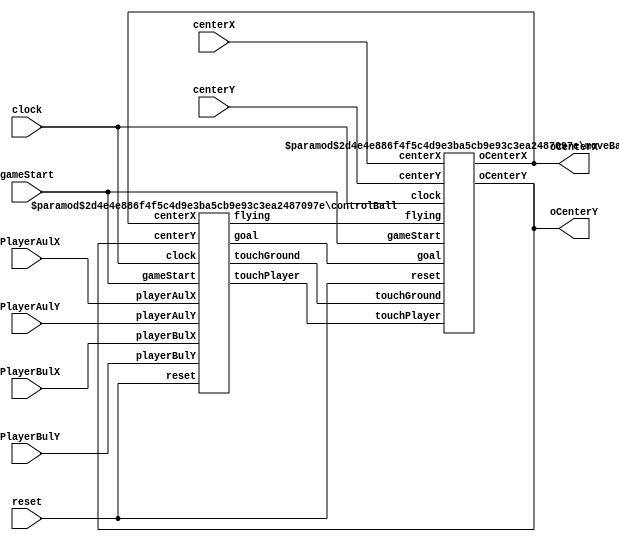
module ball
#(parameter playerWidth = 4'd10, playerHeight = 6'd50, leftGoal = 5'd16, rightGoal = 8'd144, radius = 4'd10, ground = 8'd145, goalHeight = 7'd65)
(input clock, input reset, input gameStart, input [7:0] oPlayerAulX,oPlayerBulX, input [6:0] oPlayerAulY, oPlayerBulY, input [7:0] centerX,
input [6:0] centerY, output [7:0] oCenterX, output [6:0] oCenterY);
	wire flying, touchGround;
	wire [1:0] touchPlayer, goal;	
	controlBall #(.playerWidth(playerWidth), .playerHeight(playerHeight), .leftGoal(leftGoal), .rightGoal(rightGoal), .radius(radius), .ground(ground), .goalHeight(goalHeight))
	cb0(clock, reset, gameStart, oPlayerAulX, oPlayerAulY, oPlayerBulX, oPlayerBulY, oCenterX, oCenterY, flying, touchGround, touchPlayer, goal);
	moveBall #(.playerWidth(playerWidth), .playerHeight(playerHeight), .leftGoal(leftGoal), .rightGoal(rightGoal), .radius(radius), .ground(ground), .goalHeight(goalHeight))
	mb0(clock, reset, gameStart, centerX, centerY, touchPlayer, touchGround, flying, goal, oCenterX, oCenterY);
endmodule

module controlBall 
#(parameter playerWidth = 4'd10, playerHeight = 6'd50, leftGoal = 5'd16, rightGoal = 8'd144, radius = 4'd10, ground = 8'd145, goalHeight = 7'd65)
(input clock, input reset, input gameStart, input [7:0] playerAulX, 
input [6:0] playerAulY, input [7:0] playerBulX, input [6:0] playerBulY, input [7:0] centerX,
input [6:0] centerY, output reg flying, output reg touchGround, output reg [1:0] touchPlayer, output reg [1:0] goal);
	reg [2:0] current_state, next_state;
	localparam STOP = 3'd0,
				  TOUCHGROUND = 3'd1,
				  TOUCHPLAYER = 3'd2,
				  TOUCHRIGHTGOAL = 3'd3,
				  TOUCHLEFTGOAL= 3'd4,
				  FLYING = 3'd6;
	wire test;
	assign test = centerY<=(playerAulY+playerHeight);
	assign touchPlayerRight = ((centerX-playerAulX-playerWidth)*(centerX-playerAulX-playerWidth) + (centerY-playerAulY)*(centerY-playerAulY) <= radius * radius 
							  & centerY<=playerAulY & centerY>=playerAulY-radius & centerX - playerAulX - playerWidth <= radius & centerX >= playerAulX + playerWidth) |
							  ((centerX - playerAulX - playerWidth)<=radius & centerY<=playerAulY+playerHeight & centerY>=playerAulY) |
							  (playerAulY - centerY <= radius & centerX>=playerAulX & centerX<=playerAulX+playerWidth)  |
							  
							  (((centerX-playerBulX-playerWidth)*(centerX-playerBulX-playerWidth) + (centerY-playerBulY)*(centerY-playerBulY) <= radius * radius 
							  & centerY<=playerBulY & centerY>=playerBulY-radius & centerX - playerBulX - playerWidth <= radius & centerX >= playerBulX + playerWidth) |
							  ((centerX - playerBulX - playerWidth)<=radius & centerY<=playerBulY+playerHeight & centerY>=playerBulY));
							  
	assign touchPlayerLeft = (((-centerX+playerAulX)<=radius & centerY<=playerAulY+playerHeight & centerY>=playerAulY) |
									  ((centerX-playerAulX)*(centerX-playerAulX) + (centerY-playerAulY)*(centerY-playerAulY) <= radius * radius 
									  & centerY<=playerAulY & centerY>=playerAulY-radius & playerAulX - centerX <= radius & centerX <= playerAulX)) |
									  
									  ((-centerX+playerBulX)<=radius & centerY<=playerBulY+playerHeight & centerY>=playerBulY) |
									  ((centerX-playerBulX)*(centerX-playerBulX) + (centerY-playerBulY)*(centerY-playerBulY) <= radius * radius 
									  & centerY<=playerBulY & centerY>=playerBulY-radius & playerBulX - centerX <= radius & centerX <= playerBulX) |
									  (playerBulY - centerY <= radius & centerX>=playerBulX & centerX<=playerBulX+playerWidth) ;
									  
	always@(*)
	begin
		case(current_state)
			STOP: begin
				if((rightGoal-centerX)<=radius & ground - centerY<=goalHeight & ground - centerY>=radius)
					next_state = TOUCHRIGHTGOAL;
				else if((centerX - leftGoal)<=radius & ground - centerY<=goalHeight & ground - centerY>=radius)
					next_state = TOUCHLEFTGOAL;
				else if(touchPlayerLeft | touchPlayerRight)	
					next_state = TOUCHPLAYER;
				else if(ground - centerY<=radius)
					next_state = TOUCHGROUND;
				else 
					next_state = STOP;
			end
			TOUCHGROUND: next_state = STOP;
			TOUCHPLAYER: next_state = FLYING;
			FLYING: begin
				if((rightGoal-centerX)<=radius & ground - centerY<=goalHeight)
					next_state = TOUCHRIGHTGOAL;
				else if((centerX - leftGoal)<=radius & ground - centerY<=goalHeight)
					next_state = TOUCHLEFTGOAL;
				else if(touchPlayer)
					next_state = TOUCHPLAYER;
				else if(ground - centerY<=radius)
					next_state = TOUCHGROUND;
				else
					next_state = FLYING;
			end
			TOUCHRIGHTGOAL: begin
				next_state = STOP;
			end
			default: next_state = STOP;
		endcase	
	end
	
	always@(*)
	begin
		if(reset) begin
			touchGround = 1'b0;
			touchPlayer = 2'b0;
			goal = 2'b00;
			flying = 1'b0;
		end
		else begin
			case(current_state)
				TOUCHPLAYER: begin
					if(touchPlayerLeft) begin
						touchPlayer = 2'b01;
					end
					else if(touchPlayerRight) begin
						touchPlayer = 2'b11;
					end
				end
				TOUCHGROUND: begin
					touchGround = 1'b1;
					flying = 1'b0;
				end
				TOUCHRIGHTGOAL: goal = 2'b11;
				TOUCHLEFTGOAL: goal = 2'b10;
				FLYING: flying = 1'b1;
				default: begin
					touchGround = 1'b0;
					touchPlayer = 2'b0;
					goal = 2'b00;
					flying = 1'b0;
				end
			endcase
		end
	end
	
	always@(posedge clock)
	begin
		if(reset)
			current_state <= STOP;
		else if(gameStart) begin
			current_state <= next_state;
		end
	end
endmodule

module moveBall #(parameter playerWidth = 4'd10, playerHeight = 6'd50, 
leftGoal = 5'd16, rightGoal = 8'd144, radius = 4'd10, ground = 8'd145, goalHeight = 7'd65)
(input clock, input reset, input gameStart, input [7:0] centerX, input [6:0] centerY, input [1:0] touchPlayer, input touchGround, flying, input [1:0] goal,
 output reg [7:0] oCenterX, output reg [6:0] oCenterY);
	reg [2:0] velX;
	reg [3:0] velY;
	
	always@(posedge clock)
	begin
		if(reset) begin
			velX <= 3'b0;
			velY <= 4'b0;
			oCenterX <= centerX;
			oCenterY <= centerY;
		end
		else begin
			if(touchGround) begin
				velX <= 3'b0;
				velY <= 4'b0;
			end
			else if(touchPlayer[0] == 1'b1 & !flying) begin
				if(velX == 3'b0 & velY == 4'b0 & touchPlayer[1] == 1'b0) begin
					velX <= 3'b101;
					velY <= 4'b0111;
				end
				else if(velX == 3'b0 & velY == 4'b0 & touchPlayer[1] == 1'b1) begin
					velX <= 3'b011;
					velY <= 4'b0111;
				end
				else if(velX != 3'b0 & velY != 4'b0) begin
					velX <= 3'b000 - velX;
				end
			end
			else if(goal[1] == 1'b1) begin
				velX <= 3'b0;
				velY <= 4'b0;
			end
			else if(flying) begin
				if(velX[2] == 1'b0)
					oCenterX <= oCenterX + velX;
				else
					oCenterX <= oCenterX - 4'b1000 + velX;
				if(velY[3] == 1'b0)
					oCenterY <= oCenterY - velY;
				else 
					oCenterY <= oCenterY + 5'b10000 - velY;
				velY <= velY - 1'b1;
			end
			else if(oCenterY<=radius) begin
				velY <= 5'b10000 - velY;
			end
			else if(oCenterX<=radius | 8'd160-oCenterX<=radius) begin
				velX <= 4'b1000 - velX;
			end
		end
			
	end
endmodule